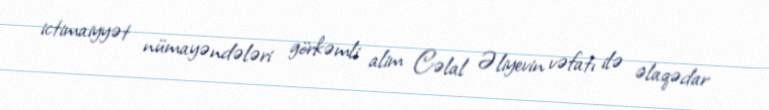
ictimaiyyət nümayəndələri görkəmli alim Cəlal Əliyevin vəfatı ilə əlaqədar